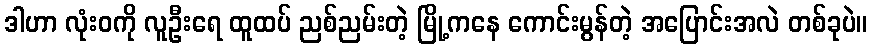
ဒါဟာ လုံးဝကို လူဦးရေ ထူထပ် ညစ်ညမ်းတဲ့ မြို့ကနေ ကောင်းမွန်တဲ့ အပြောင်းအလဲ တစ်ခုပဲ။